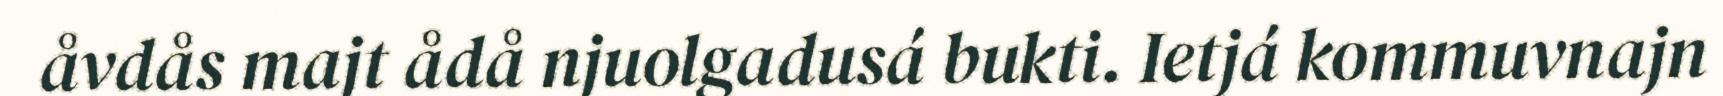
åvdås majt ådå njuolgadusá bukti. Ietjá kommuvnajn